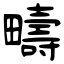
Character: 疇